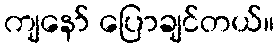
ကျနော် ပြောချင်တယ်။